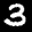
Label: 3